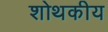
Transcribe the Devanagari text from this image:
शोथकीय